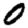
Digit: 0